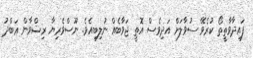
ފައިދާވާތީތޯ ކުރެވޭ ސުވާލަށް އަދިވެސް އޮތީ ޖަވާބެއް ނުލިބިއެވެ. ނޫސްވެރިޔާ ރިޟްވާން ޢަބްދު